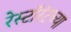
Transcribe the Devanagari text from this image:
रेस्टॉरंटच्या